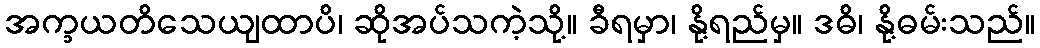
အက္ခယတိသေယျထာပိ၊ ဆိုအပ်သကဲ့သို့။ ခီရမှာ၊ နို့ရည်မှ။ ဒဓိ၊ နို့ဓမ်းသည်။